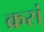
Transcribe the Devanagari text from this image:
क्रसं